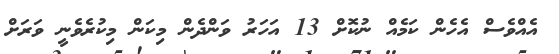
އެއްވެސް އެހެން ކަމެއް ނުކޮށް 13 އަހަރު ވަންދެން މިކަން މިކުރެވެނީ ވަރަށް